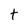
Character: t